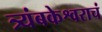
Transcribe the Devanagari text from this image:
त्र्यंबकेश्वराचं